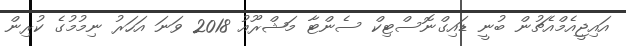
އައިޖީއެމްއެޗުން ބުނީ ޑައިގްނޮސްޓިކް ސެންޓާ މަޝްރޫއު 2018 ވަނަ އަހަރު ނިމުމުގެ ކުރިން